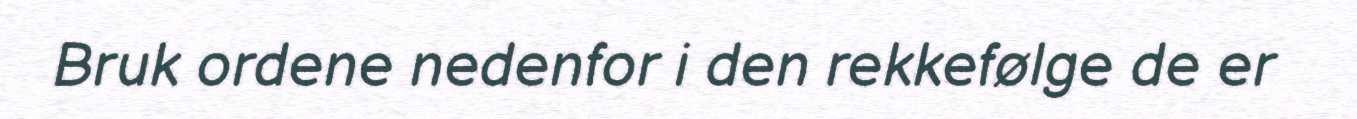
Bruk ordene nedenfor i den rekkefølge de er